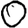
Digit: 0